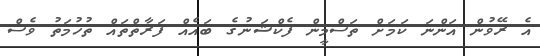
އެ ރޭވުން އަންނަ ކަމަށް ތަސްމީން ފެކްޝަނުގެ ބައެއް ފަރާތްތައް ތުހުމަތު ވެސް